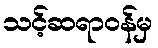
သင့်ဆရာဝန်မှ